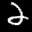
Label: 2